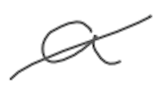
Text: a
Cross-out: diagonal
Writing tool: digital_gray